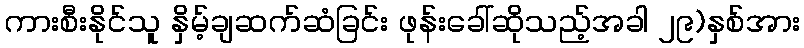
ကားစီးနိုင်သူ နှိမ့်ချဆက်ဆံခြင်း ဖုန်းခေါ်ဆိုသည့်အခါ ၂၉)နှစ်အား